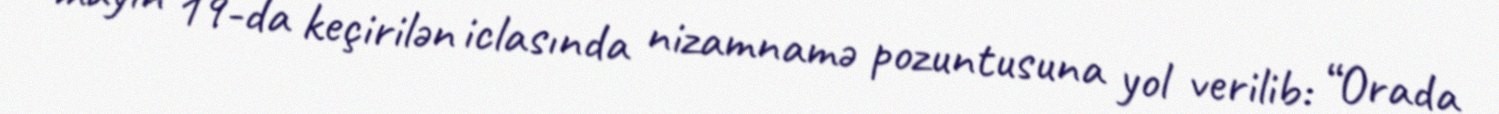
mayın 19-da keçirilən iclasında nizamnamə pozuntusuna yol verilib: “Orada